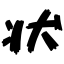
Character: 状